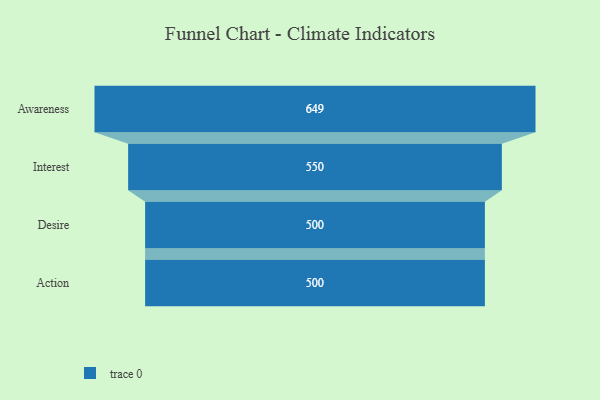
{"axis": {"x": "Stage", "y": "Value"}, "legend": [""], "data": [{"x": "Awareness", "y": 649.0, "type": ""}, {"x": "Interest", "y": 550.0, "type": ""}, {"x": "Desire", "y": 500, "type": ""}, {"x": "Action", "y": 500, "type": ""}]}